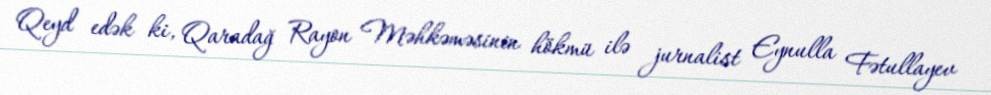
Qeyd edək ki, Qaradağ Rayon Məhkəməsinin hökmü ilə jurnalist Eynulla Fətullayev